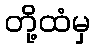
တို့ထံမှ